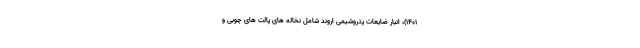
۱۴۰۱)، انبار ضایعات پتروشیمی اروند شامل نخاله های پالت های چوبی و